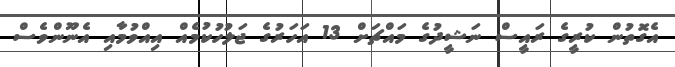
އެގޮތުން ކުރީގެ ރައީސް ނަޝީދުގެ މައްޗަށް 13 އަހަރުގެ ޖަލުހުކުމެއް އިއްވުމާއި އެނޫންވެސް